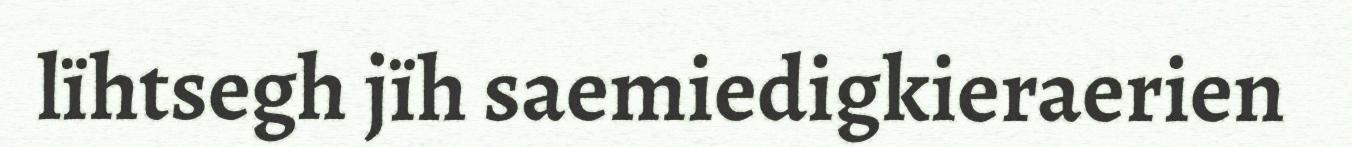
lïhtsegh jïh saemiedigkieraerien